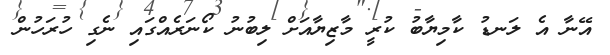
އޭނާ އެ ލަނޑު ކާމިޔާބު ކުރީ މާޒިޔާއަށް ލިބުނު ކޯނަރެއްގައި ނެގި ހުރަހުން